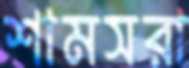
শামসরা